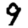
Digit: 9